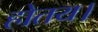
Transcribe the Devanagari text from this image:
होतय।